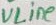
Text: VLine